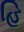
હિ